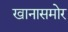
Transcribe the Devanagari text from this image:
खानासमोर